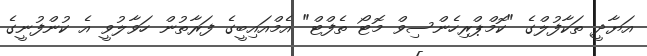
އަޔާދީ ތަކާފުލްގެ "ކޮމްޕްރިހެންސިވް މޮޓޯ ތެފްޓް" އެމްއައިބީގެ ފަރާތުން ހަވާލުވީ އެ ކުންފުނީގެ